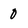
Character: 0